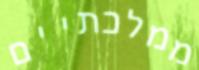
ממלכתיים